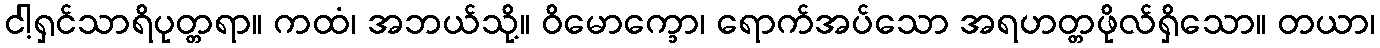
ငါ့ရှင်သာရိပုတ္တရာ။ ကထံ၊ အဘယ်သို့။ ဝိမောက္ခော၊ ရောက်အပ်သော အရဟတ္တဖိုလ်ရှိသော။ တယာ၊